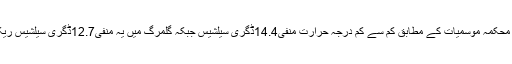
گلمرگ میں محکمہ موسمیات کے مطابق کم سے کم درجہ حرارت منفی14.4ڈگری سیلشیس جبکہ گلمرگ میں یہ منفی12.7ڈگری سیلشیس ریکارڈ کیا گیا۔